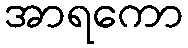
အာရကော